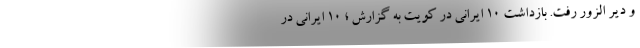
و دیر الزور رفت. بازداشت 10 ایرانی در کویت به گزارش ؛ 10 ایرانی در